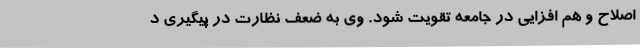
اصلاح و هم افزایی در جامعه تقویت شود. وی به ضعف نظارت در پیگیری د